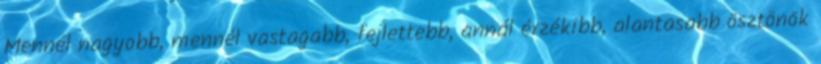
Mennél nagyobb, mennél vastagabb, fejlettebb, annál érzékibb, alantasabb ösztönök